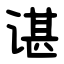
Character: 谌